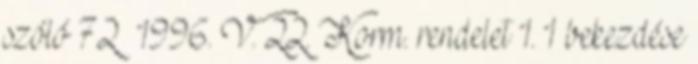
szóló 72 1996. V. 22. Korm. rendelet 1. 1 bekezdése